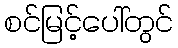
စင်မြင့်ပေါ်တွင်